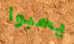
يحبوا